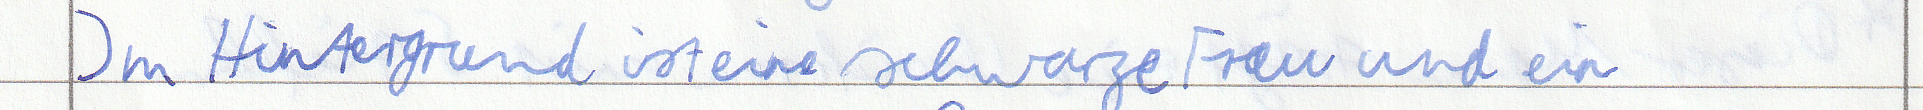
Im Hintergrund ist eine schwarze Frau und ein